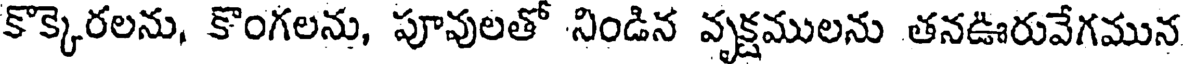
కొక్కెరలను, కొంగలను, పూవులతో నిండిన వృక్షములను తనఊరువేగమున